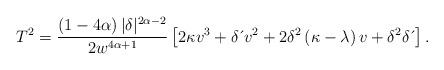
LaTeX: \begin{align*}T^{2}=\frac{\left( 1-4\alpha \right) |\delta|^{2\alpha-2}}{2w^{4\alpha+1}}\left[ 2\kappa v^{3}+\delta \,\acute{}\,v^{2}+2\delta^{2}\left( \kappa-\lambda \right) v+\delta^{2}\delta \,\acute{}\, \right] . \end{align*}